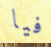
فيا